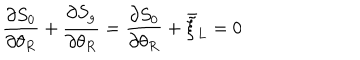
\frac { \partial S _ { 0 } } { \partial \theta _ { R } } + \frac { \partial S _ { g } } { \partial \theta _ { R } } = \frac { \partial S _ { 0 } } { \partial \theta _ { R } } + \bar { \tilde { \xi } } _ { L } = 0